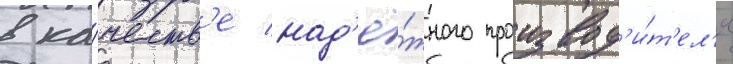
в ка́честв'е над'ё́жного производ'и́т'ел'я